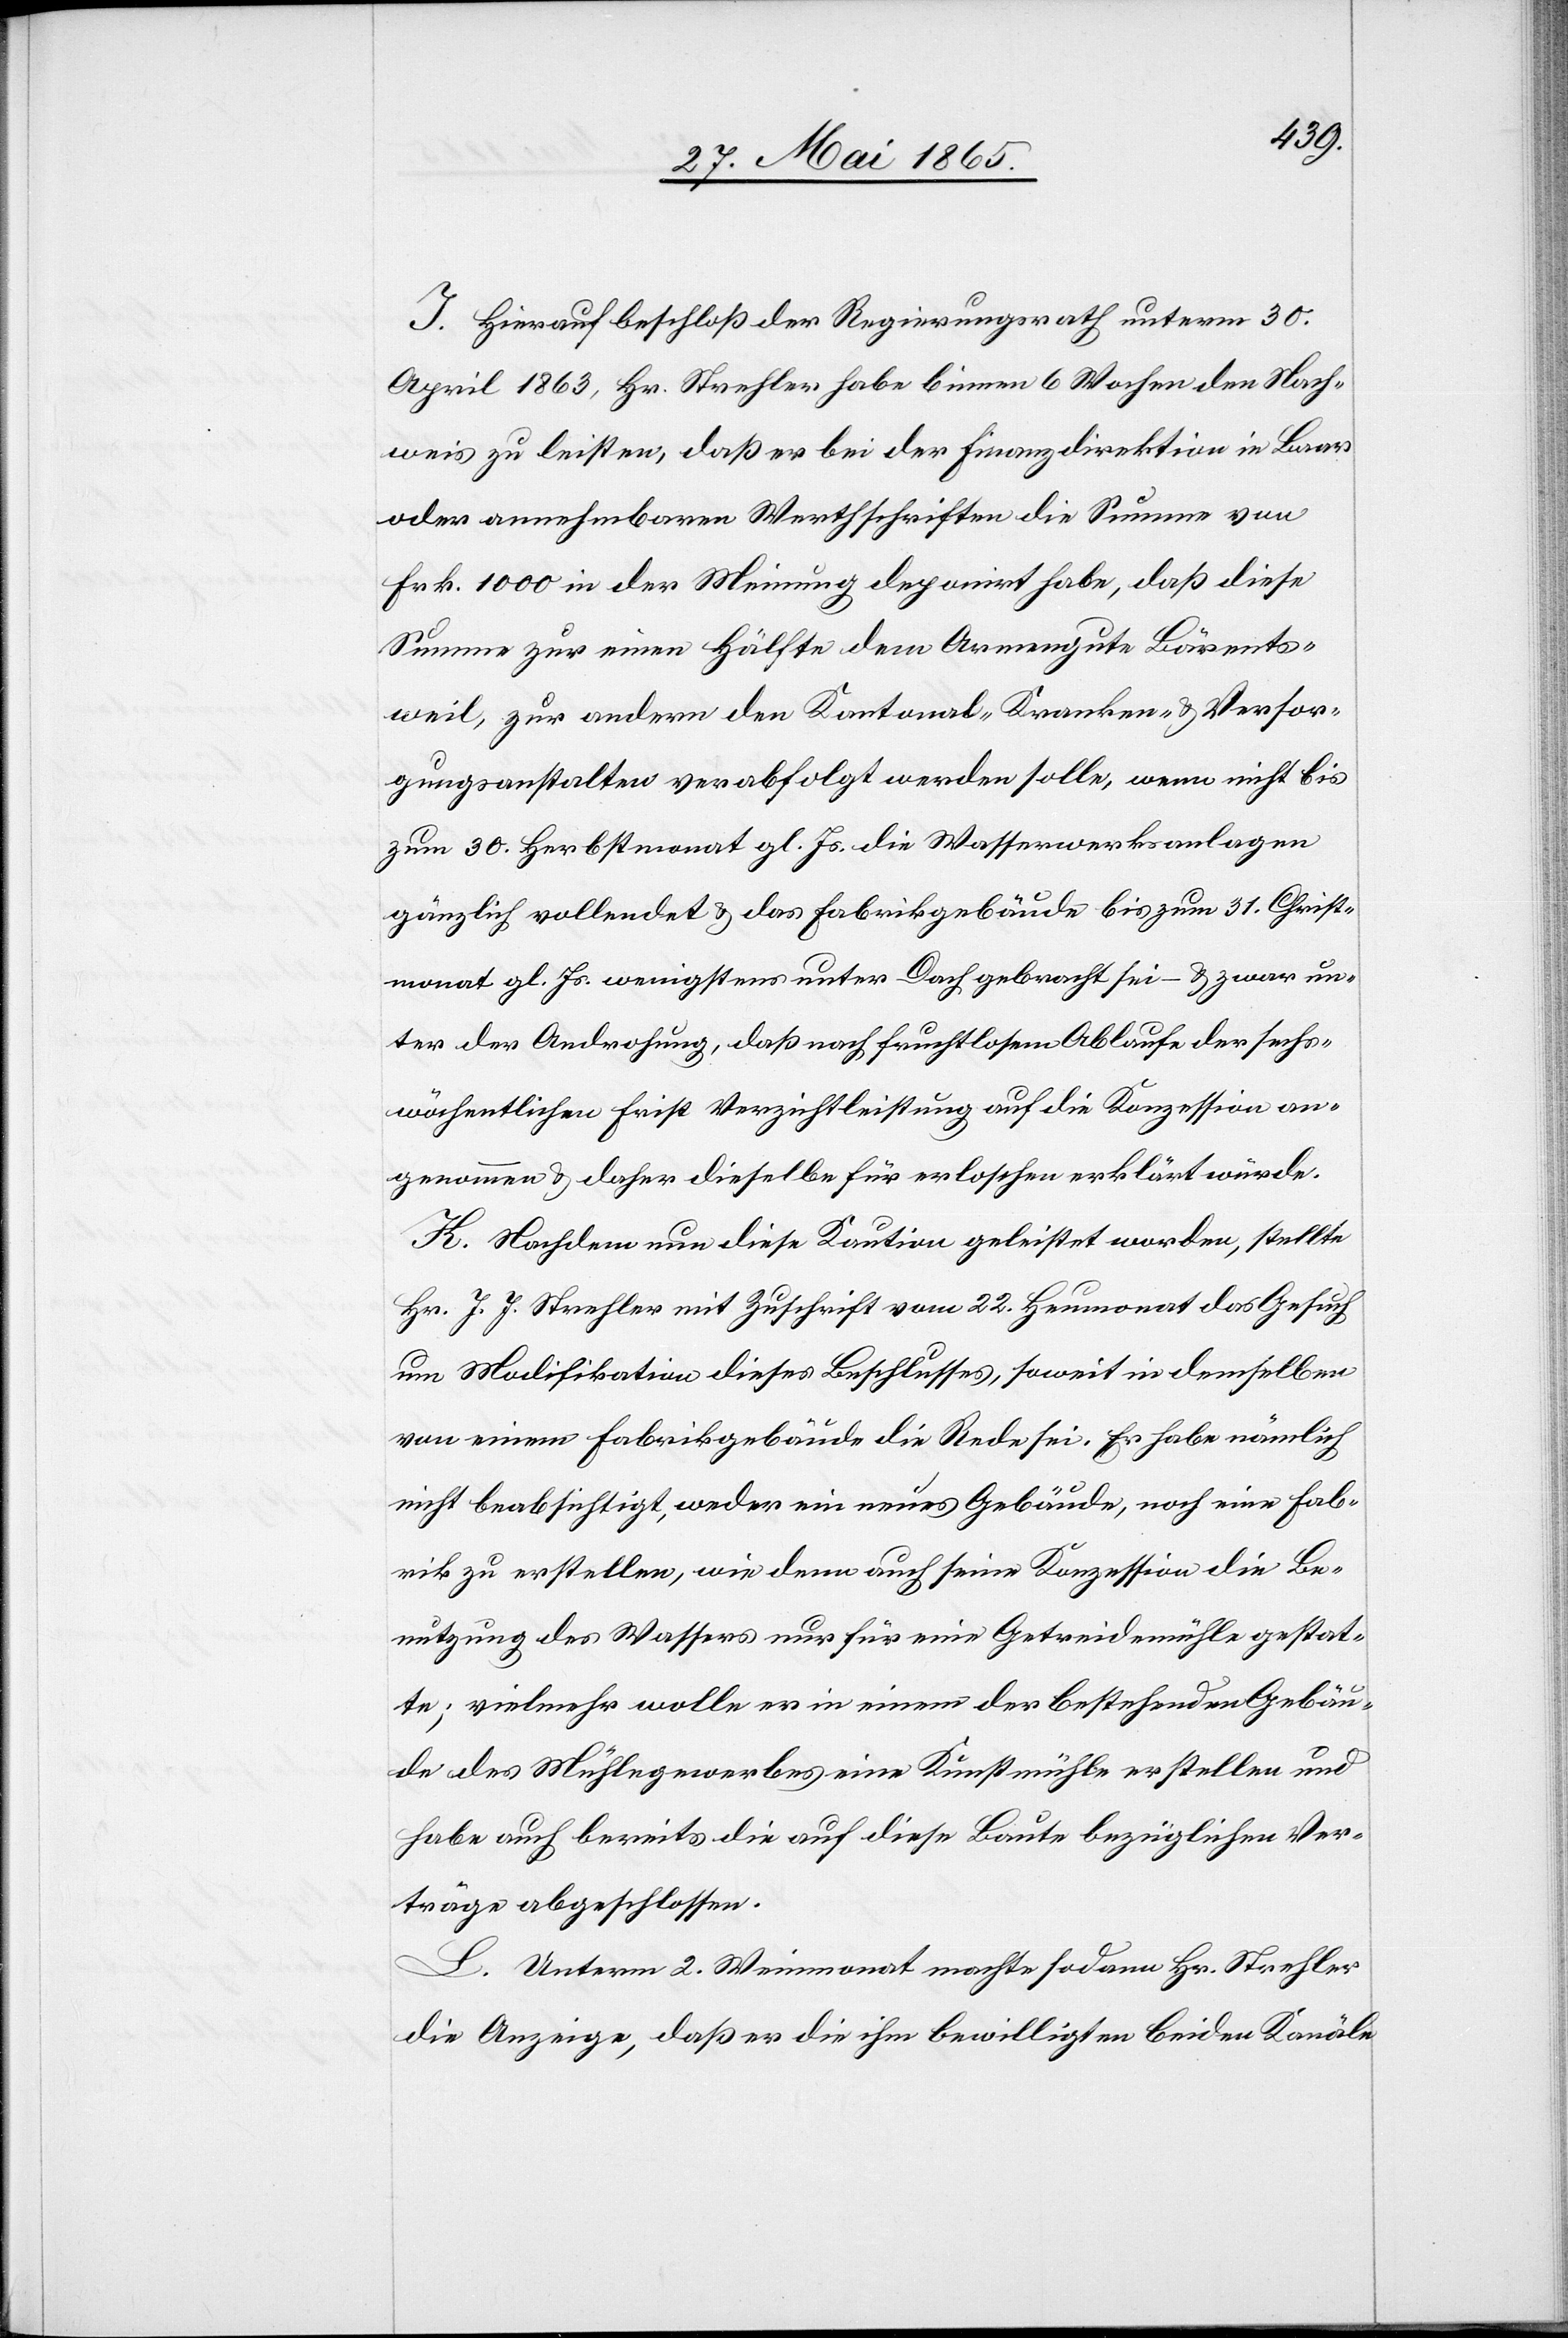
J. Hierauf beschloß der Regierungsrath unterm 30.
April 1863, Hr. Strehler habe binnen 6 Wochen den Nach¬
weis zu leisten, daß er bei der Finanzdirektion in Baar
oder annehmbaren Werthschriften die Summe von
Frk. 1000 in der Meinung deponirt habe, daß diese
Summe zur einen Hälfte dem Armengute Bärents¬
weil, zur andern den Kantonal-Kranken- & Versor¬
gungsanstalten verabfolgt werden solle, wenn nicht bis
zum 30. Herbstmonat gl. Js. die Wasserwerksanlagen
gänzlich vollendet & das Fabrikgebäude bis zum 31. Christ¬
monat gl. Js. wenigstens unter Dach gebracht sei & zwar un¬
ter der Androhung, daß nach fruchtlosem Ablaufe der sechs¬
wöchentlichen Frist Verzichtleistung auf die Konzession an¬
genommen & daher dieselbe für erloschen erklärt würde.
K. Nachdem nun diese Kaution geleistet worden, stellte
Hr. J. J. Strehler mit Zuschrift vom 22. Heumonat das Gesuch
um Modifikation dieses Beschlusses, soweit in demselben
von einem Fabrikgebäude die Rede sei. Er habe nämlich
nicht beabsichtigt, weder ein neues Gebäude, noch eine Fab¬
rik zu erstellen, wie denn auch seine Konzession die Be¬
nutzung des Wassers nur für eine Getreidemühle gestat¬
te; vielmehr wolle er in einem der bestehenden Gebäu¬
de des Mühlegewerbes eine Kunstmühle erstellen und
habe auch bereits die auf diese Baute bezüglichen Ver¬
träge abgeschlossen.
L. Unterm 2. Weinmonat machte sodann Hr. Strehler
die Anzeige, daß er die ihm bewilligten beiden Kanäle